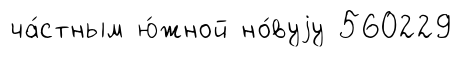
ча́стным ю́жной но́вуjу 560229